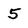
Character: 5